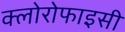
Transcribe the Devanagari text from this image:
क्लोरोफाइसी